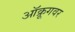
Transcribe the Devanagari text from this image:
ऑक्रूगवर